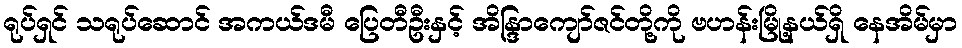
ရုပ်ရှင် သရုပ်ဆောင် အကယ်ဒမီ ပြေတီဦးနှင့် အိန္ဒြာကျော်ဇင်တို့ကို ဗဟန်းမြို့နယ်ရှိ နေအိမ်မှာ